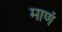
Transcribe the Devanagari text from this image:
माणं